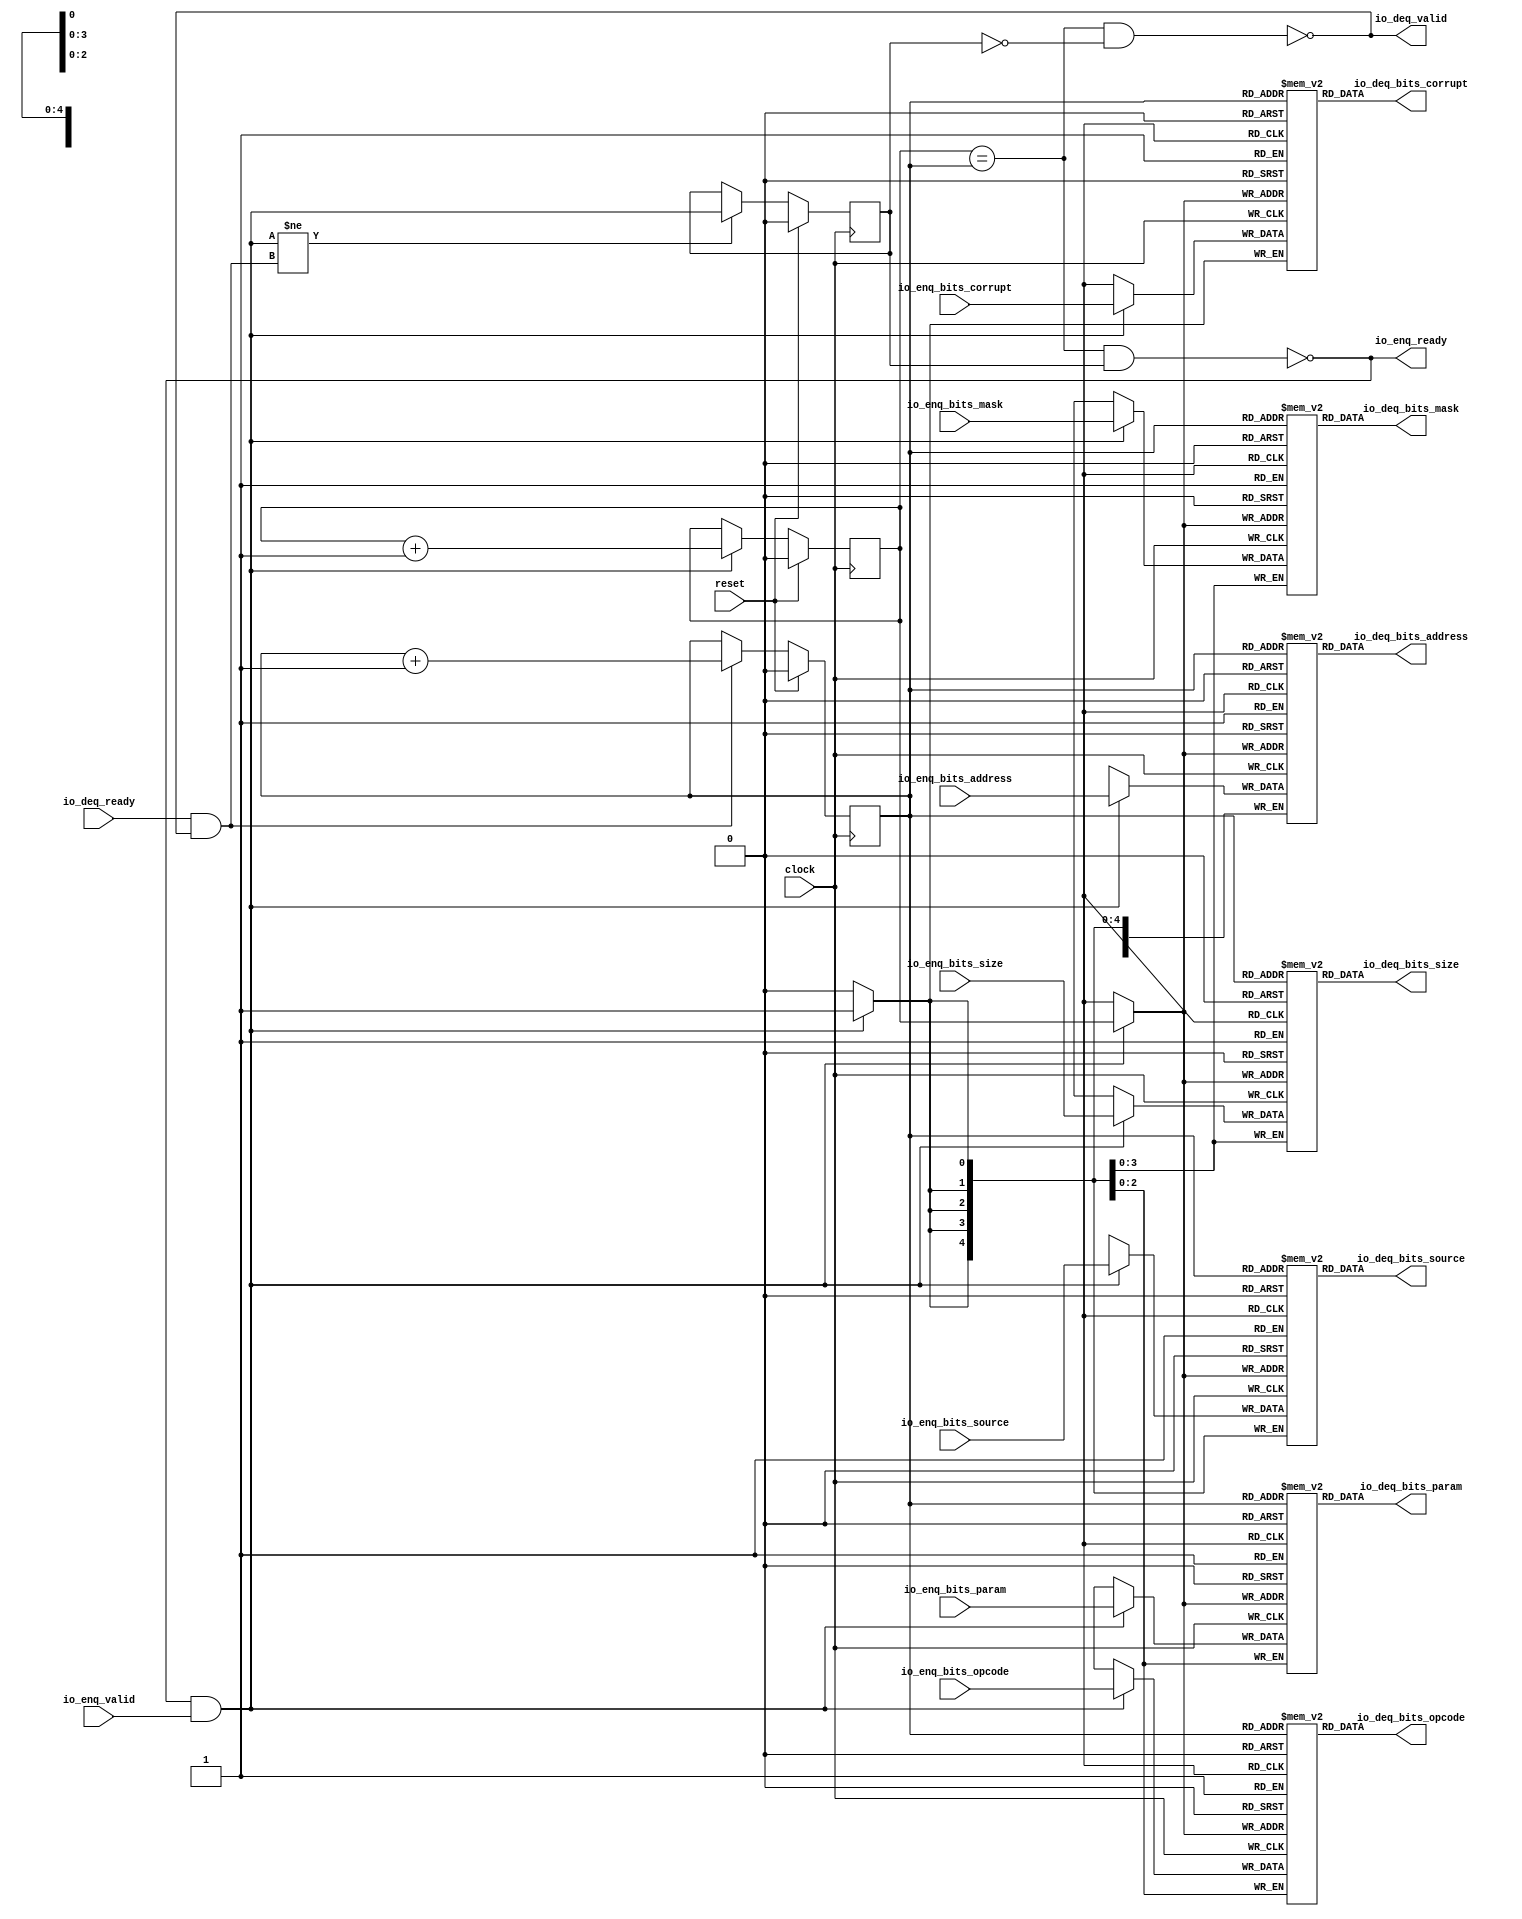
module Queue_24( // @[:freechips.rocketchip.system.DefaultRV32Config.fir@57464.2]
  input         clock, // @[:freechips.rocketchip.system.DefaultRV32Config.fir@57465.4]
  input         reset, // @[:freechips.rocketchip.system.DefaultRV32Config.fir@57466.4]
  output        io_enq_ready, // @[:freechips.rocketchip.system.DefaultRV32Config.fir@57467.4]
  input         io_enq_valid, // @[:freechips.rocketchip.system.DefaultRV32Config.fir@57467.4]
  input  [2:0]  io_enq_bits_opcode, // @[:freechips.rocketchip.system.DefaultRV32Config.fir@57467.4]
  input  [2:0]  io_enq_bits_param, // @[:freechips.rocketchip.system.DefaultRV32Config.fir@57467.4]
  input  [3:0]  io_enq_bits_size, // @[:freechips.rocketchip.system.DefaultRV32Config.fir@57467.4]
  input  [4:0]  io_enq_bits_source, // @[:freechips.rocketchip.system.DefaultRV32Config.fir@57467.4]
  input  [13:0] io_enq_bits_address, // @[:freechips.rocketchip.system.DefaultRV32Config.fir@57467.4]
  input  [3:0]  io_enq_bits_mask, // @[:freechips.rocketchip.system.DefaultRV32Config.fir@57467.4]
  input         io_enq_bits_corrupt, // @[:freechips.rocketchip.system.DefaultRV32Config.fir@57467.4]
  input         io_deq_ready, // @[:freechips.rocketchip.system.DefaultRV32Config.fir@57467.4]
  output        io_deq_valid, // @[:freechips.rocketchip.system.DefaultRV32Config.fir@57467.4]
  output [2:0]  io_deq_bits_opcode, // @[:freechips.rocketchip.system.DefaultRV32Config.fir@57467.4]
  output [2:0]  io_deq_bits_param, // @[:freechips.rocketchip.system.DefaultRV32Config.fir@57467.4]
  output [3:0]  io_deq_bits_size, // @[:freechips.rocketchip.system.DefaultRV32Config.fir@57467.4]
  output [4:0]  io_deq_bits_source, // @[:freechips.rocketchip.system.DefaultRV32Config.fir@57467.4]
  output [13:0] io_deq_bits_address, // @[:freechips.rocketchip.system.DefaultRV32Config.fir@57467.4]
  output [3:0]  io_deq_bits_mask, // @[:freechips.rocketchip.system.DefaultRV32Config.fir@57467.4]
  output        io_deq_bits_corrupt // @[:freechips.rocketchip.system.DefaultRV32Config.fir@57467.4]
);
`ifdef RANDOMIZE_MEM_INIT
  reg [31:0] _RAND_0;
  reg [31:0] _RAND_1;
  reg [31:0] _RAND_2;
  reg [31:0] _RAND_3;
  reg [31:0] _RAND_4;
  reg [31:0] _RAND_5;
  reg [31:0] _RAND_6;
`endif // RANDOMIZE_MEM_INIT
`ifdef RANDOMIZE_REG_INIT
  reg [31:0] _RAND_7;
  reg [31:0] _RAND_8;
  reg [31:0] _RAND_9;
`endif // RANDOMIZE_REG_INIT
  reg [2:0] ram_opcode [0:1]; // @[Decoupled.scala 209:16:freechips.rocketchip.system.DefaultRV32Config.fir@57469.4]
  wire [2:0] ram_opcode__T_15_data; // @[Decoupled.scala 209:16:freechips.rocketchip.system.DefaultRV32Config.fir@57469.4]
  wire  ram_opcode__T_15_addr; // @[Decoupled.scala 209:16:freechips.rocketchip.system.DefaultRV32Config.fir@57469.4]
  wire [2:0] ram_opcode__T_5_data; // @[Decoupled.scala 209:16:freechips.rocketchip.system.DefaultRV32Config.fir@57469.4]
  wire  ram_opcode__T_5_addr; // @[Decoupled.scala 209:16:freechips.rocketchip.system.DefaultRV32Config.fir@57469.4]
  wire  ram_opcode__T_5_mask; // @[Decoupled.scala 209:16:freechips.rocketchip.system.DefaultRV32Config.fir@57469.4]
  wire  ram_opcode__T_5_en; // @[Decoupled.scala 209:16:freechips.rocketchip.system.DefaultRV32Config.fir@57469.4]
  reg [2:0] ram_param [0:1]; // @[Decoupled.scala 209:16:freechips.rocketchip.system.DefaultRV32Config.fir@57469.4]
  wire [2:0] ram_param__T_15_data; // @[Decoupled.scala 209:16:freechips.rocketchip.system.DefaultRV32Config.fir@57469.4]
  wire  ram_param__T_15_addr; // @[Decoupled.scala 209:16:freechips.rocketchip.system.DefaultRV32Config.fir@57469.4]
  wire [2:0] ram_param__T_5_data; // @[Decoupled.scala 209:16:freechips.rocketchip.system.DefaultRV32Config.fir@57469.4]
  wire  ram_param__T_5_addr; // @[Decoupled.scala 209:16:freechips.rocketchip.system.DefaultRV32Config.fir@57469.4]
  wire  ram_param__T_5_mask; // @[Decoupled.scala 209:16:freechips.rocketchip.system.DefaultRV32Config.fir@57469.4]
  wire  ram_param__T_5_en; // @[Decoupled.scala 209:16:freechips.rocketchip.system.DefaultRV32Config.fir@57469.4]
  reg [3:0] ram_size [0:1]; // @[Decoupled.scala 209:16:freechips.rocketchip.system.DefaultRV32Config.fir@57469.4]
  wire [3:0] ram_size__T_15_data; // @[Decoupled.scala 209:16:freechips.rocketchip.system.DefaultRV32Config.fir@57469.4]
  wire  ram_size__T_15_addr; // @[Decoupled.scala 209:16:freechips.rocketchip.system.DefaultRV32Config.fir@57469.4]
  wire [3:0] ram_size__T_5_data; // @[Decoupled.scala 209:16:freechips.rocketchip.system.DefaultRV32Config.fir@57469.4]
  wire  ram_size__T_5_addr; // @[Decoupled.scala 209:16:freechips.rocketchip.system.DefaultRV32Config.fir@57469.4]
  wire  ram_size__T_5_mask; // @[Decoupled.scala 209:16:freechips.rocketchip.system.DefaultRV32Config.fir@57469.4]
  wire  ram_size__T_5_en; // @[Decoupled.scala 209:16:freechips.rocketchip.system.DefaultRV32Config.fir@57469.4]
  reg [4:0] ram_source [0:1]; // @[Decoupled.scala 209:16:freechips.rocketchip.system.DefaultRV32Config.fir@57469.4]
  wire [4:0] ram_source__T_15_data; // @[Decoupled.scala 209:16:freechips.rocketchip.system.DefaultRV32Config.fir@57469.4]
  wire  ram_source__T_15_addr; // @[Decoupled.scala 209:16:freechips.rocketchip.system.DefaultRV32Config.fir@57469.4]
  wire [4:0] ram_source__T_5_data; // @[Decoupled.scala 209:16:freechips.rocketchip.system.DefaultRV32Config.fir@57469.4]
  wire  ram_source__T_5_addr; // @[Decoupled.scala 209:16:freechips.rocketchip.system.DefaultRV32Config.fir@57469.4]
  wire  ram_source__T_5_mask; // @[Decoupled.scala 209:16:freechips.rocketchip.system.DefaultRV32Config.fir@57469.4]
  wire  ram_source__T_5_en; // @[Decoupled.scala 209:16:freechips.rocketchip.system.DefaultRV32Config.fir@57469.4]
  reg [13:0] ram_address [0:1]; // @[Decoupled.scala 209:16:freechips.rocketchip.system.DefaultRV32Config.fir@57469.4]
  wire [13:0] ram_address__T_15_data; // @[Decoupled.scala 209:16:freechips.rocketchip.system.DefaultRV32Config.fir@57469.4]
  wire  ram_address__T_15_addr; // @[Decoupled.scala 209:16:freechips.rocketchip.system.DefaultRV32Config.fir@57469.4]
  wire [13:0] ram_address__T_5_data; // @[Decoupled.scala 209:16:freechips.rocketchip.system.DefaultRV32Config.fir@57469.4]
  wire  ram_address__T_5_addr; // @[Decoupled.scala 209:16:freechips.rocketchip.system.DefaultRV32Config.fir@57469.4]
  wire  ram_address__T_5_mask; // @[Decoupled.scala 209:16:freechips.rocketchip.system.DefaultRV32Config.fir@57469.4]
  wire  ram_address__T_5_en; // @[Decoupled.scala 209:16:freechips.rocketchip.system.DefaultRV32Config.fir@57469.4]
  reg [3:0] ram_mask [0:1]; // @[Decoupled.scala 209:16:freechips.rocketchip.system.DefaultRV32Config.fir@57469.4]
  wire [3:0] ram_mask__T_15_data; // @[Decoupled.scala 209:16:freechips.rocketchip.system.DefaultRV32Config.fir@57469.4]
  wire  ram_mask__T_15_addr; // @[Decoupled.scala 209:16:freechips.rocketchip.system.DefaultRV32Config.fir@57469.4]
  wire [3:0] ram_mask__T_5_data; // @[Decoupled.scala 209:16:freechips.rocketchip.system.DefaultRV32Config.fir@57469.4]
  wire  ram_mask__T_5_addr; // @[Decoupled.scala 209:16:freechips.rocketchip.system.DefaultRV32Config.fir@57469.4]
  wire  ram_mask__T_5_mask; // @[Decoupled.scala 209:16:freechips.rocketchip.system.DefaultRV32Config.fir@57469.4]
  wire  ram_mask__T_5_en; // @[Decoupled.scala 209:16:freechips.rocketchip.system.DefaultRV32Config.fir@57469.4]
  reg  ram_corrupt [0:1]; // @[Decoupled.scala 209:16:freechips.rocketchip.system.DefaultRV32Config.fir@57469.4]
  wire  ram_corrupt__T_15_data; // @[Decoupled.scala 209:16:freechips.rocketchip.system.DefaultRV32Config.fir@57469.4]
  wire  ram_corrupt__T_15_addr; // @[Decoupled.scala 209:16:freechips.rocketchip.system.DefaultRV32Config.fir@57469.4]
  wire  ram_corrupt__T_5_data; // @[Decoupled.scala 209:16:freechips.rocketchip.system.DefaultRV32Config.fir@57469.4]
  wire  ram_corrupt__T_5_addr; // @[Decoupled.scala 209:16:freechips.rocketchip.system.DefaultRV32Config.fir@57469.4]
  wire  ram_corrupt__T_5_mask; // @[Decoupled.scala 209:16:freechips.rocketchip.system.DefaultRV32Config.fir@57469.4]
  wire  ram_corrupt__T_5_en; // @[Decoupled.scala 209:16:freechips.rocketchip.system.DefaultRV32Config.fir@57469.4]
  reg  _T; // @[Counter.scala 29:33:freechips.rocketchip.system.DefaultRV32Config.fir@57470.4]
  reg  _T_1; // @[Counter.scala 29:33:freechips.rocketchip.system.DefaultRV32Config.fir@57471.4]
  reg  maybe_full; // @[Decoupled.scala 212:27:freechips.rocketchip.system.DefaultRV32Config.fir@57472.4]
  wire  ptr_match; // @[Decoupled.scala 214:33:freechips.rocketchip.system.DefaultRV32Config.fir@57473.4]
  wire  _T_2; // @[Decoupled.scala 215:28:freechips.rocketchip.system.DefaultRV32Config.fir@57474.4]
  wire  empty; // @[Decoupled.scala 215:25:freechips.rocketchip.system.DefaultRV32Config.fir@57475.4]
  wire  full; // @[Decoupled.scala 216:24:freechips.rocketchip.system.DefaultRV32Config.fir@57476.4]
  wire  do_enq; // @[Decoupled.scala 40:37:freechips.rocketchip.system.DefaultRV32Config.fir@57477.4]
  wire  do_deq; // @[Decoupled.scala 40:37:freechips.rocketchip.system.DefaultRV32Config.fir@57480.4]
  wire  _T_8; // @[Counter.scala 39:22:freechips.rocketchip.system.DefaultRV32Config.fir@57495.6]
  wire  _T_11; // @[Counter.scala 39:22:freechips.rocketchip.system.DefaultRV32Config.fir@57501.6]
  wire  _T_12; // @[Decoupled.scala 227:16:freechips.rocketchip.system.DefaultRV32Config.fir@57504.4]
  assign ram_opcode__T_15_addr = _T_1;
  assign ram_opcode__T_15_data = ram_opcode[ram_opcode__T_15_addr]; // @[Decoupled.scala 209:16:freechips.rocketchip.system.DefaultRV32Config.fir@57469.4]
  assign ram_opcode__T_5_data = io_enq_bits_opcode;
  assign ram_opcode__T_5_addr = _T;
  assign ram_opcode__T_5_mask = 1'h1;
  assign ram_opcode__T_5_en = io_enq_ready & io_enq_valid;
  assign ram_param__T_15_addr = _T_1;
  assign ram_param__T_15_data = ram_param[ram_param__T_15_addr]; // @[Decoupled.scala 209:16:freechips.rocketchip.system.DefaultRV32Config.fir@57469.4]
  assign ram_param__T_5_data = io_enq_bits_param;
  assign ram_param__T_5_addr = _T;
  assign ram_param__T_5_mask = 1'h1;
  assign ram_param__T_5_en = io_enq_ready & io_enq_valid;
  assign ram_size__T_15_addr = _T_1;
  assign ram_size__T_15_data = ram_size[ram_size__T_15_addr]; // @[Decoupled.scala 209:16:freechips.rocketchip.system.DefaultRV32Config.fir@57469.4]
  assign ram_size__T_5_data = io_enq_bits_size;
  assign ram_size__T_5_addr = _T;
  assign ram_size__T_5_mask = 1'h1;
  assign ram_size__T_5_en = io_enq_ready & io_enq_valid;
  assign ram_source__T_15_addr = _T_1;
  assign ram_source__T_15_data = ram_source[ram_source__T_15_addr]; // @[Decoupled.scala 209:16:freechips.rocketchip.system.DefaultRV32Config.fir@57469.4]
  assign ram_source__T_5_data = io_enq_bits_source;
  assign ram_source__T_5_addr = _T;
  assign ram_source__T_5_mask = 1'h1;
  assign ram_source__T_5_en = io_enq_ready & io_enq_valid;
  assign ram_address__T_15_addr = _T_1;
  assign ram_address__T_15_data = ram_address[ram_address__T_15_addr]; // @[Decoupled.scala 209:16:freechips.rocketchip.system.DefaultRV32Config.fir@57469.4]
  assign ram_address__T_5_data = io_enq_bits_address;
  assign ram_address__T_5_addr = _T;
  assign ram_address__T_5_mask = 1'h1;
  assign ram_address__T_5_en = io_enq_ready & io_enq_valid;
  assign ram_mask__T_15_addr = _T_1;
  assign ram_mask__T_15_data = ram_mask[ram_mask__T_15_addr]; // @[Decoupled.scala 209:16:freechips.rocketchip.system.DefaultRV32Config.fir@57469.4]
  assign ram_mask__T_5_data = io_enq_bits_mask;
  assign ram_mask__T_5_addr = _T;
  assign ram_mask__T_5_mask = 1'h1;
  assign ram_mask__T_5_en = io_enq_ready & io_enq_valid;
  assign ram_corrupt__T_15_addr = _T_1;
  assign ram_corrupt__T_15_data = ram_corrupt[ram_corrupt__T_15_addr]; // @[Decoupled.scala 209:16:freechips.rocketchip.system.DefaultRV32Config.fir@57469.4]
  assign ram_corrupt__T_5_data = io_enq_bits_corrupt;
  assign ram_corrupt__T_5_addr = _T;
  assign ram_corrupt__T_5_mask = 1'h1;
  assign ram_corrupt__T_5_en = io_enq_ready & io_enq_valid;
  assign ptr_match = _T == _T_1; // @[Decoupled.scala 214:33:freechips.rocketchip.system.DefaultRV32Config.fir@57473.4]
  assign _T_2 = ~maybe_full; // @[Decoupled.scala 215:28:freechips.rocketchip.system.DefaultRV32Config.fir@57474.4]
  assign empty = ptr_match & _T_2; // @[Decoupled.scala 215:25:freechips.rocketchip.system.DefaultRV32Config.fir@57475.4]
  assign full = ptr_match & maybe_full; // @[Decoupled.scala 216:24:freechips.rocketchip.system.DefaultRV32Config.fir@57476.4]
  assign do_enq = io_enq_ready & io_enq_valid; // @[Decoupled.scala 40:37:freechips.rocketchip.system.DefaultRV32Config.fir@57477.4]
  assign do_deq = io_deq_ready & io_deq_valid; // @[Decoupled.scala 40:37:freechips.rocketchip.system.DefaultRV32Config.fir@57480.4]
  assign _T_8 = _T + 1'h1; // @[Counter.scala 39:22:freechips.rocketchip.system.DefaultRV32Config.fir@57495.6]
  assign _T_11 = _T_1 + 1'h1; // @[Counter.scala 39:22:freechips.rocketchip.system.DefaultRV32Config.fir@57501.6]
  assign _T_12 = do_enq != do_deq; // @[Decoupled.scala 227:16:freechips.rocketchip.system.DefaultRV32Config.fir@57504.4]
  assign io_enq_ready = ~full; // @[Decoupled.scala 232:16:freechips.rocketchip.system.DefaultRV32Config.fir@57511.4]
  assign io_deq_valid = ~empty; // @[Decoupled.scala 231:16:freechips.rocketchip.system.DefaultRV32Config.fir@57509.4]
  assign io_deq_bits_opcode = ram_opcode__T_15_data; // @[Decoupled.scala 233:15:freechips.rocketchip.system.DefaultRV32Config.fir@57520.4]
  assign io_deq_bits_param = ram_param__T_15_data; // @[Decoupled.scala 233:15:freechips.rocketchip.system.DefaultRV32Config.fir@57519.4]
  assign io_deq_bits_size = ram_size__T_15_data; // @[Decoupled.scala 233:15:freechips.rocketchip.system.DefaultRV32Config.fir@57518.4]
  assign io_deq_bits_source = ram_source__T_15_data; // @[Decoupled.scala 233:15:freechips.rocketchip.system.DefaultRV32Config.fir@57517.4]
  assign io_deq_bits_address = ram_address__T_15_data; // @[Decoupled.scala 233:15:freechips.rocketchip.system.DefaultRV32Config.fir@57516.4]
  assign io_deq_bits_mask = ram_mask__T_15_data; // @[Decoupled.scala 233:15:freechips.rocketchip.system.DefaultRV32Config.fir@57515.4]
  assign io_deq_bits_corrupt = ram_corrupt__T_15_data; // @[Decoupled.scala 233:15:freechips.rocketchip.system.DefaultRV32Config.fir@57513.4]
`ifdef RANDOMIZE_GARBAGE_ASSIGN
`define RANDOMIZE
`endif
`ifdef RANDOMIZE_INVALID_ASSIGN
`define RANDOMIZE
`endif
`ifdef RANDOMIZE_REG_INIT
`define RANDOMIZE
`endif
`ifdef RANDOMIZE_MEM_INIT
`define RANDOMIZE
`endif
`ifndef RANDOM
`define RANDOM $random
`endif
`ifdef RANDOMIZE_MEM_INIT
  integer initvar;
`endif
`ifndef SYNTHESIS
`ifdef FIRRTL_BEFORE_INITIAL
`FIRRTL_BEFORE_INITIAL
`endif
initial begin
  `ifdef RANDOMIZE
    `ifdef INIT_RANDOM
      `INIT_RANDOM
    `endif
    `ifndef VERILATOR
      `ifdef RANDOMIZE_DELAY
        #`RANDOMIZE_DELAY begin end
      `else
        #0.002 begin end
      `endif
    `endif
`ifdef RANDOMIZE_MEM_INIT
  _RAND_0 = {1{`RANDOM}};
  for (initvar = 0; initvar < 2; initvar = initvar+1)
    ram_opcode[initvar] = _RAND_0[2:0];
  _RAND_1 = {1{`RANDOM}};
  for (initvar = 0; initvar < 2; initvar = initvar+1)
    ram_param[initvar] = _RAND_1[2:0];
  _RAND_2 = {1{`RANDOM}};
  for (initvar = 0; initvar < 2; initvar = initvar+1)
    ram_size[initvar] = _RAND_2[3:0];
  _RAND_3 = {1{`RANDOM}};
  for (initvar = 0; initvar < 2; initvar = initvar+1)
    ram_source[initvar] = _RAND_3[4:0];
  _RAND_4 = {1{`RANDOM}};
  for (initvar = 0; initvar < 2; initvar = initvar+1)
    ram_address[initvar] = _RAND_4[13:0];
  _RAND_5 = {1{`RANDOM}};
  for (initvar = 0; initvar < 2; initvar = initvar+1)
    ram_mask[initvar] = _RAND_5[3:0];
  _RAND_6 = {1{`RANDOM}};
  for (initvar = 0; initvar < 2; initvar = initvar+1)
    ram_corrupt[initvar] = _RAND_6[0:0];
`endif // RANDOMIZE_MEM_INIT
`ifdef RANDOMIZE_REG_INIT
  _RAND_7 = {1{`RANDOM}};
  _T = _RAND_7[0:0];
  _RAND_8 = {1{`RANDOM}};
  _T_1 = _RAND_8[0:0];
  _RAND_9 = {1{`RANDOM}};
  maybe_full = _RAND_9[0:0];
`endif // RANDOMIZE_REG_INIT
  `endif // RANDOMIZE
end // initial
`ifdef FIRRTL_AFTER_INITIAL
`FIRRTL_AFTER_INITIAL
`endif
`endif // SYNTHESIS
  always @(posedge clock) begin
    if(ram_opcode__T_5_en & ram_opcode__T_5_mask) begin
      ram_opcode[ram_opcode__T_5_addr] <= ram_opcode__T_5_data; // @[Decoupled.scala 209:16:freechips.rocketchip.system.DefaultRV32Config.fir@57469.4]
    end
    if(ram_param__T_5_en & ram_param__T_5_mask) begin
      ram_param[ram_param__T_5_addr] <= ram_param__T_5_data; // @[Decoupled.scala 209:16:freechips.rocketchip.system.DefaultRV32Config.fir@57469.4]
    end
    if(ram_size__T_5_en & ram_size__T_5_mask) begin
      ram_size[ram_size__T_5_addr] <= ram_size__T_5_data; // @[Decoupled.scala 209:16:freechips.rocketchip.system.DefaultRV32Config.fir@57469.4]
    end
    if(ram_source__T_5_en & ram_source__T_5_mask) begin
      ram_source[ram_source__T_5_addr] <= ram_source__T_5_data; // @[Decoupled.scala 209:16:freechips.rocketchip.system.DefaultRV32Config.fir@57469.4]
    end
    if(ram_address__T_5_en & ram_address__T_5_mask) begin
      ram_address[ram_address__T_5_addr] <= ram_address__T_5_data; // @[Decoupled.scala 209:16:freechips.rocketchip.system.DefaultRV32Config.fir@57469.4]
    end
    if(ram_mask__T_5_en & ram_mask__T_5_mask) begin
      ram_mask[ram_mask__T_5_addr] <= ram_mask__T_5_data; // @[Decoupled.scala 209:16:freechips.rocketchip.system.DefaultRV32Config.fir@57469.4]
    end
    if(ram_corrupt__T_5_en & ram_corrupt__T_5_mask) begin
      ram_corrupt[ram_corrupt__T_5_addr] <= ram_corrupt__T_5_data; // @[Decoupled.scala 209:16:freechips.rocketchip.system.DefaultRV32Config.fir@57469.4]
    end
    if (reset) begin
      _T <= 1'h0;
    end else if (do_enq) begin
      _T <= _T_8;
    end
    if (reset) begin
      _T_1 <= 1'h0;
    end else if (do_deq) begin
      _T_1 <= _T_11;
    end
    if (reset) begin
      maybe_full <= 1'h0;
    end else if (_T_12) begin
      maybe_full <= do_enq;
    end
  end
endmodule